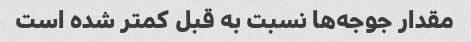
مقدار جوجه‌ها نسبت به قبل کمتر شده است